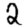
Digit: 2